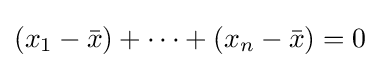
(x_{1}-{\bar {x}})+\dotsb +(x_{n}-{\bar {x}})=0